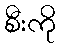
စီးကို